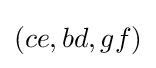
(ce,bd,gf)